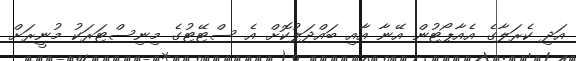
އަދި ކެރަލާގެ އެއާޕޯޓުން އޭނާ އާއި ބައްދަލުކޮށް އެ ސްޓޭޓުގެ މިނިސްޓަރަކު މުނީރަށް